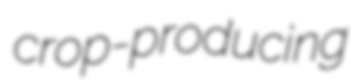
crop-producing